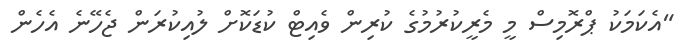
"އެކަމަކު ޕްރޮމިސް މީ މެރީކުރުމުގެ ކުރިން ވެއިޓް ކުޑަކޮށް ލުއިކުރަން ޖެހޭނެ އެހެން